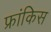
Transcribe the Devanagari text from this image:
फ्रांकिस